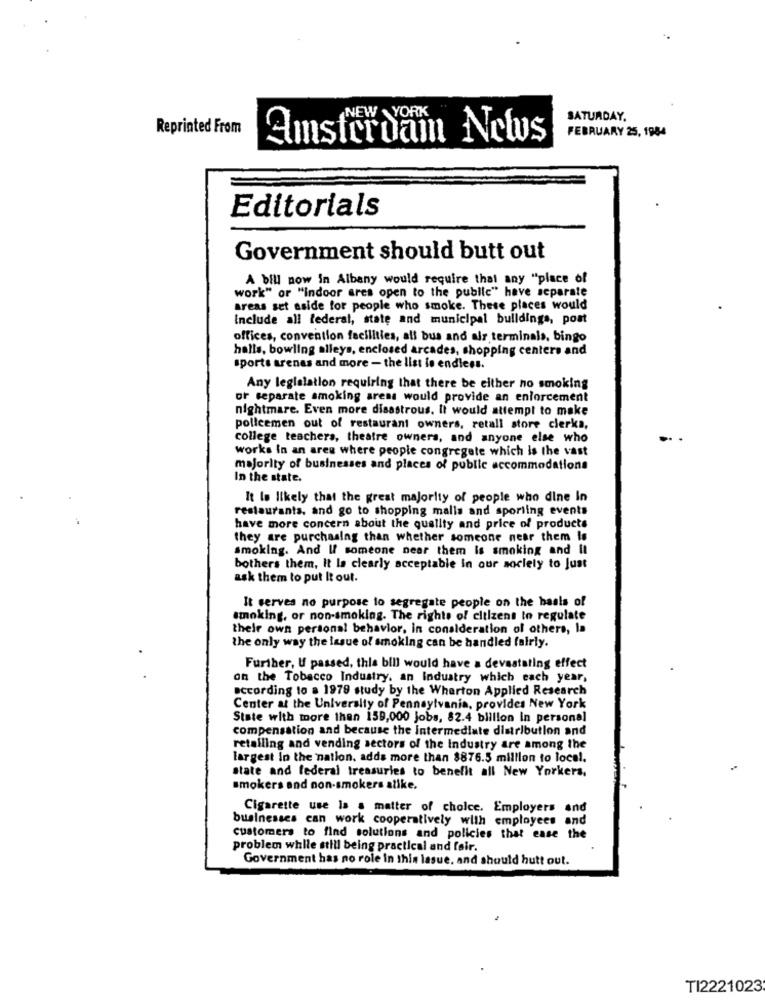
EW YORK
SATURDAY.
Reprinted From
FEBRUARY 25, 1984
Amsterdam News
Editorials
Government should butt out
A bill now in Albany would require that any "place of
work" or "indoor ares open to the public" have separate
areas set aside for people who smoke. These places would
Include all federal, state and municipal buildings, post
offices, convention facilities, all bus and air terminals, bingo
halls, bowling alleys, enclosed arcades, shopping centers and
sports arenas and more - the list io endless.
Any legislation requiring that there be either no smoking
or separate smoking areas would provide an enforcement
nightmare. Even more disastrous. It would attempt to make
policemen out of restaurant owners, retall store clerka,
college teachers, theatre owners, and anyone else who
works In an area where people congregate which is the vast
majority of businesses and places of public accommodations
In the state.
It Is likely that the great majority of people who dine In
restaurants, and go to shopping malls and sporting events
have more concern about the quality and price of products
they are purchasing than whether someone near them Is
smoking. And If someone near them is smoking and It
bothers them, It la clearly acceptable in our society to Just
ask them to put It out.
It serves no purpose to segregate people on the basis of
smoking, or non-smoking. The rights of citizens to regulate
their own personal behavior, in consideration of others, la
the only way the issue of smoking can be handled fairly.
Further, U passed, this bill would have a devastating effect
on the Tobacco Industry. an Industry which each year,
according to a 1979 study by the Wharton Applied Research
Center at the University of Pennsylvania, provides New York
State with more than 159,000 jobs, 82.4 billion In personal
compensation and because the Intermediate distribution and
retailing and vending sectors of the industry are among the
largest In the nation, adds more than 8876.5 million to local.
state and federal treasuries to benefit all New Yorkers,
smokers and non-smokers alike.
Cigarette use la a matter of choice. Employers and
businesses can work cooperatively with employees and
customers to find solutions and policies that ease the
problem while still being practical and fair.
Government has no role in this lasue, and should hutt out.
TI2221023